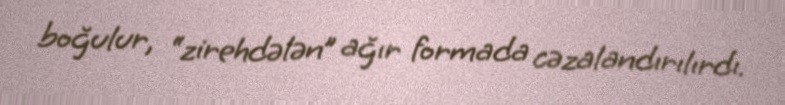
boğulur, “zirehdələn” ağır formada cəzalandırılırdı.